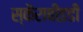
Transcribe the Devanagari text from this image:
स्कैराबीइडी